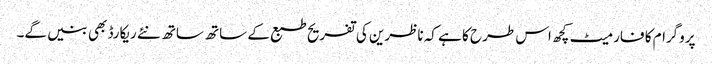
پروگرام کا فارمیٹ کچھ اس طرح کا ہے کہ ناظرین کی تفریح طبع کے ساتھ ساتھ نئے ریکارڈ بھی بنیں گے۔